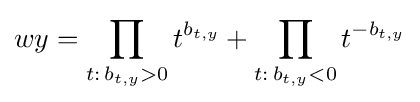
wy=\prod _{t:\,b_{t,y}>0}t^{b_{t,y}}+\prod _{t:\,b_{t,y}<0}t^{-b_{t,y}}